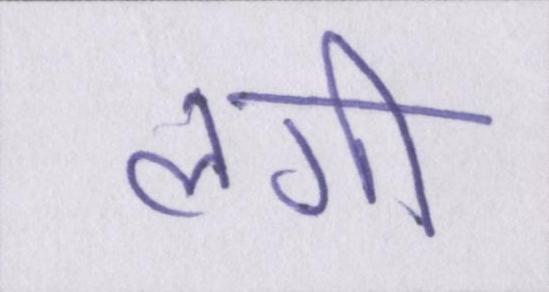
लगी